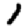
Digit: 1